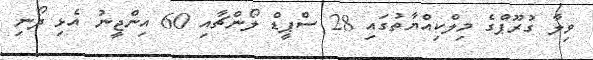
ވިލާ ގުރޫޕްގެ މިލްކިއްޔާތުގައި 28 ސްޕީޑް ލޯންޗާއި 60 އިންޖީނު އެޅި ދޯނި